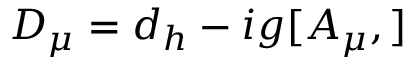
{ \cal { D } } _ { \mu } = d _ { h } - i g [ A _ { \mu } , ]